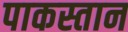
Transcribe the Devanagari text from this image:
पाकस्तान